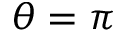
\theta = \pi